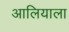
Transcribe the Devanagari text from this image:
आलियाला